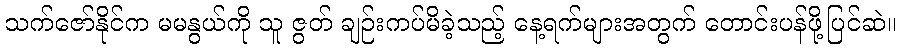
သက်ဇော်နိုင်က မမနွယ်ကို သူ ဇွတ် ချဉ်းကပ်မိခဲ့သည့် နေ့ရက်များအတွက် တောင်းပန်ဖို့ပြင်ဆဲ။